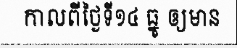
កាលពីថ្ងៃទី១៤ ធ្នូ ឲ្យមាន